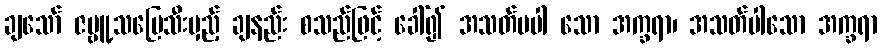
ချသော် ဇမ္ဗူ့သပြေသီးမှည့် ချနည်း စသည်ဖြင့် ခေါ်၍ အသတ်မပါ သော အက္ခရာ၊ အသတ်ပါသော အက္ခရာ